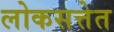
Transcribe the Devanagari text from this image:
लोकसत्तेत